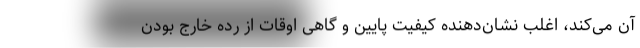
آن می‌کند، اغلب نشان‌دهنده کیفیت پایین و گاهی اوقات از رده خارج بودن